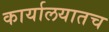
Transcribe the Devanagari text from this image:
कार्यालयातच